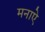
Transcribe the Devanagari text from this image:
मनाऐ